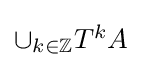
{\textstyle \cup _{k\in \mathbb {Z} }T^{k}A}